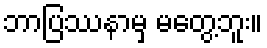
ဘာပြဿနာမှ မတွေ့ဘူး။